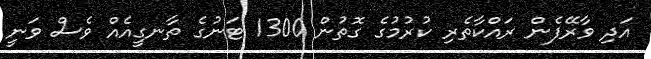
އަދި ވާރޭފެން ރައްކާތެރި ކުރުމުގެ ގޮތުން 1300 ޓަނުގެ ތާނގީއެއް ވެސް ވަނީ